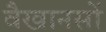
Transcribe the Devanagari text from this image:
वैखानसों